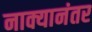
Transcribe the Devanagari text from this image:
नाक्यानंतर